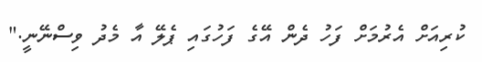
ކުރިއަށް އެރުމަށް ފަހު ދެން އޭގެ ފަހުގައި ޕެލޭ އާ މެދު ވިސްނޭނީ."